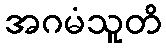
အဂမံသူတိ